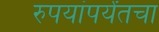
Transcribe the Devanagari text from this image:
रुपयांपर्यंतचा